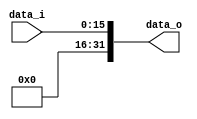
`timescale 1ns / 1ps

module Sign_Extend(
    data_i,
    data_o
    );
               
//I/O ports
			input   [16-1:0] data_i;
			output  [32-1:0] data_o;

//Internal Signals
			reg     [32-1:0] data_o;

//Sign extended
			always @(data_i) 
			begin
					 if (data_i[15] == 0) //pGJ0NNJ16bit32bit
					 begin
						  data_o [31:16] <= 16'd0;
						  data_o  [15:0] <= data_i;
					 end
					 else 
					 begin
						  data_o [31:16] <= 16'd0;
						  data_o  [15:0] <= data_i;
					 end
			end
endmodule